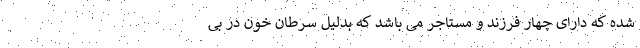
شده که دارای چهار فرزند و مستاجر می باشد که بدلیل سرطان خون در بی